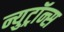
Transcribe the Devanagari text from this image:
न्युट्रॉन्स